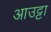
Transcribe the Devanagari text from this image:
आउट्टा